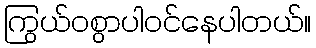
ကြွယ်ဝစွာပါဝင်နေပါတယ်။